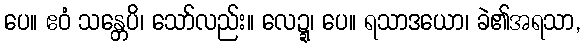
ပေ။ ဧဝံ သန္တေပိ၊ သော်လည်း။ လေဍ္ဍ၊ ပေ။ ရသာဒယော၊ ခဲ၏အရသာ,